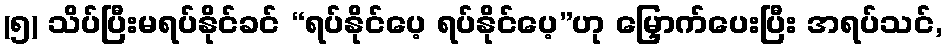
(၅) သိပ်ပြီးမရပ်နိုင်ခင် “ရပ်နိုင်ပေ့ ရပ်နိုင်ပေ့”ဟု မြှောက်ပေးပြီး အရပ်သင်,